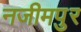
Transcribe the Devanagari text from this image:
नजीमपुर